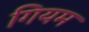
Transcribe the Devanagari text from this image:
गियम